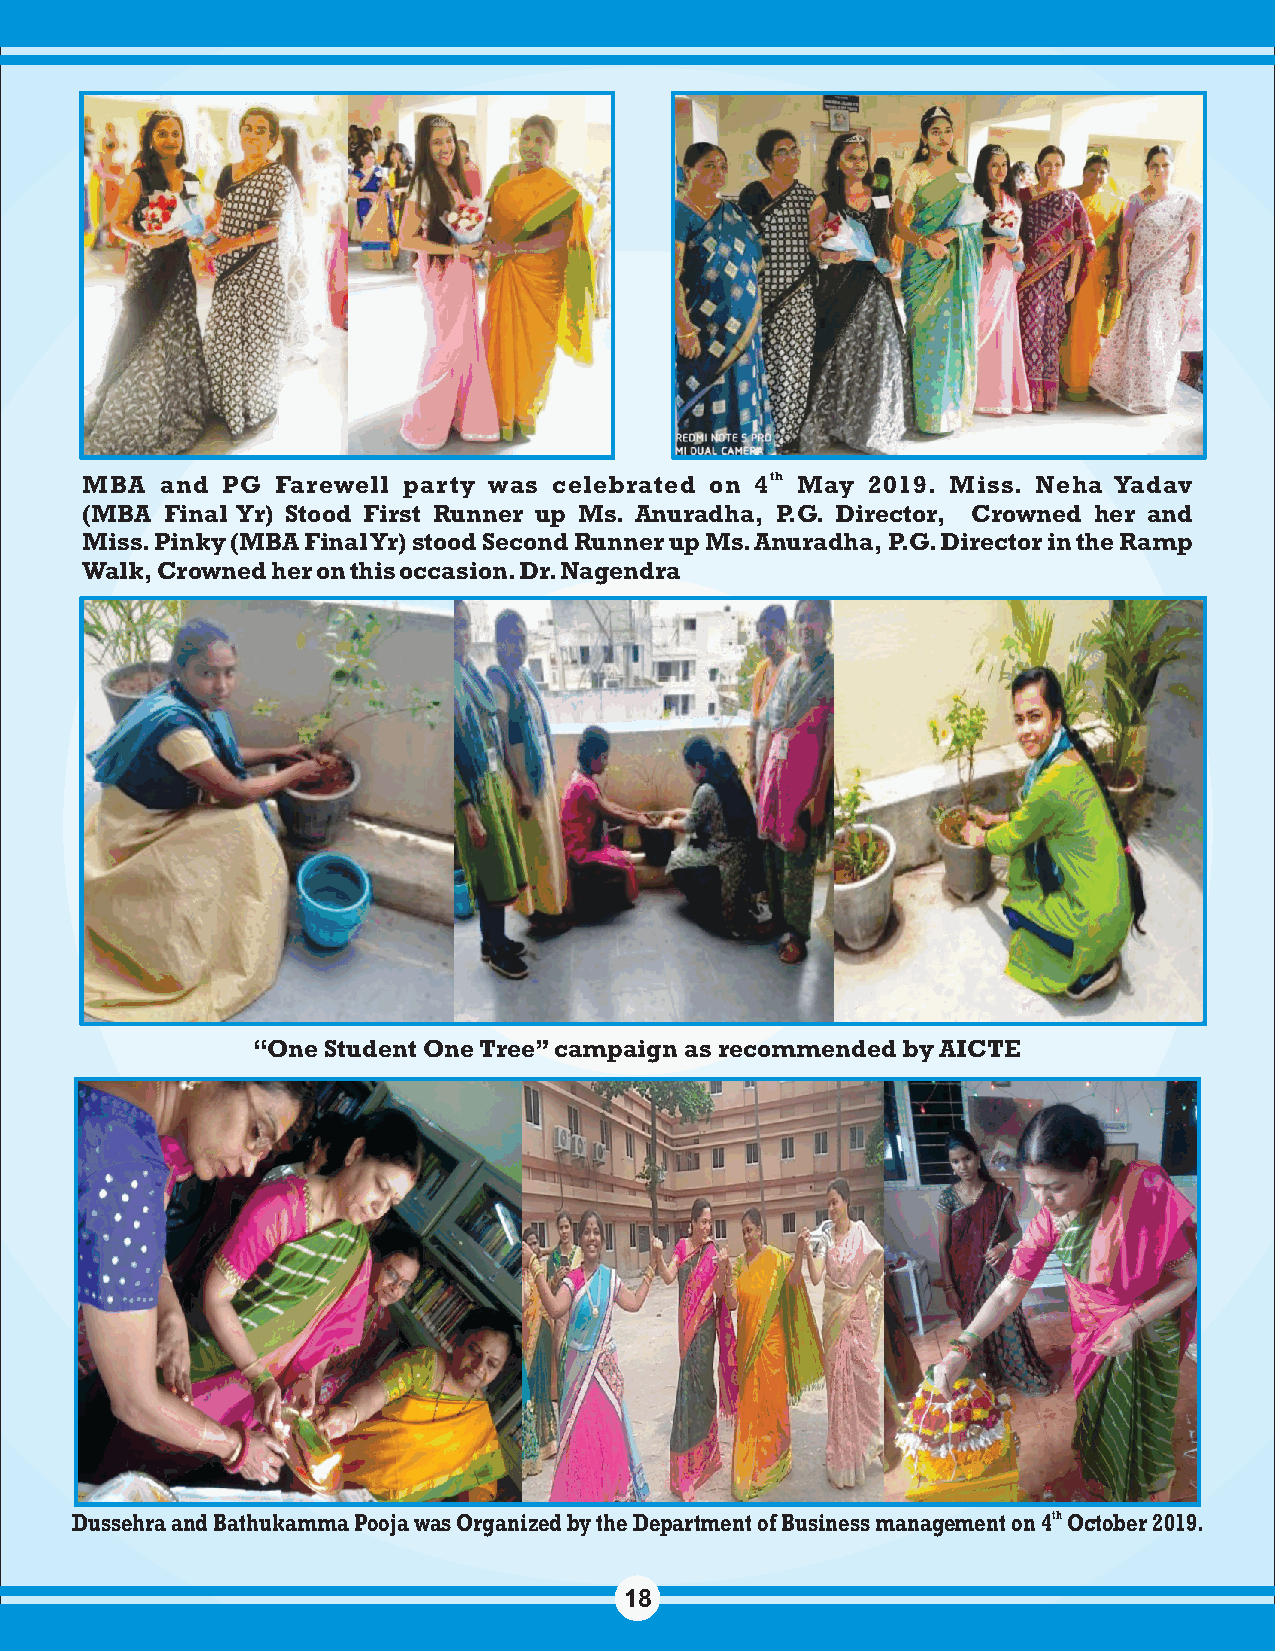
MBA   and PG Farewell party was celebrated on 4th May 2019. Miss. Neha Yadav
 (MBA  Final Yr) Stood First Runner up Ms. Anuradha, P.G. Director, Crowned her and
 Miss. Pinky (MBA Final Yr) stood Second Runner up Ms. Anuradha, P.G. Director in the Ramp
 Walk, Crowned her on this occasion. Dr. Nagendra
 “One Student One Tree” campaign as recommended by AICTE
 Dussehra and Bathukamma Pooja was Organized by the Department of Business management on 4th October 2019.
 18